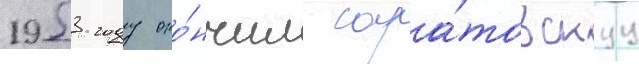
1953 году око́нчил сара́товскуу